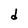
Character: d